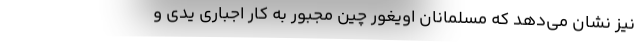
نیز نشان می‌دهد که مسلمانان اویغور چین مجبور به کار اجباریِ یدی و